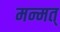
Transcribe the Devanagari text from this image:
मन्मत्